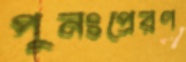
পুনঃপ্রেরণ